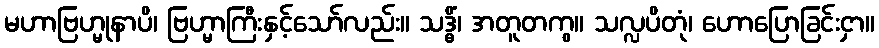
မဟာဗြဟ္မုနာပိ၊ ဗြဟ္မာကြီးနှင့်သော်လည်း။ သဒ္ဓိံ၊ အတူတကွ။ သလ္လပိတုံ၊ ဟောပြောခြင်းငှာ။